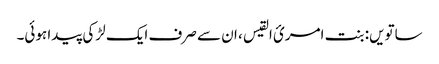
ساتویں: بنت امریٴ القیس ، ان سے صرف ایک لڑکی پیدا ہوئی۔